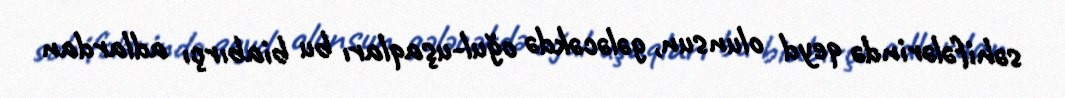
səhifələrində qeyd olunsun, gələcəkdə oğul-uşaqları bu biabırçı adlardan